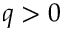
q > 0